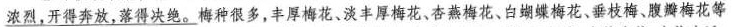
浓烈，开得奔放，落得决绝。} 梅种很多，丰厚梅花、淡丰厚梅花、杏燕梅花、白蝴蝶梅花、垂枝梅、腹瓣梅花等